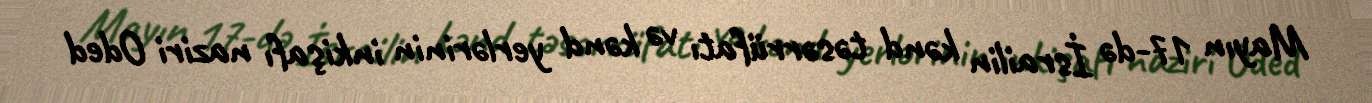
Mayın 17-də İsrailin kənd təsərrüfatı və kənd yerlərinin inkişafı naziri Oded